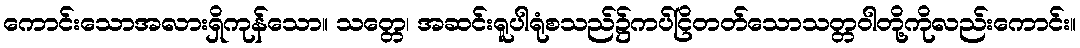
ကောင်းသောအလားရှိကုန်သော။ သတ္တေ၊ အဆင်းရူပါရုံစသည်၌ကပ်ငြိတတ်သောသတ္တဝါတို့ကိုလည်းကောင်း။